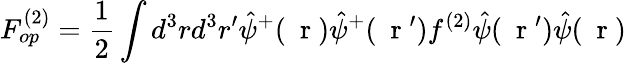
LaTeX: F_{op}^{(2)}=\frac{1}{2}\int d^{3}rd^{3}r^{\prime}\hat{\psi}^{+}(\mathrm{~\mathbf~r~})\hat{\psi}^{+}(\mathrm{~\mathbf~r~}^{\prime})f^{(2)}\hat{\psi}(\mathrm{~\mathbf~r~}^{\prime})\hat{\psi}(\mathrm{~\mathbf~r~})